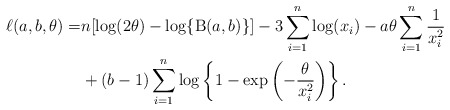
\begin{align*}\ell(a,b,\theta)=&n[\log(2\theta) - \log \{ \operatorname{B}(a,b) \}]-3 \sum^n_{i=1}\log (x_{i})-a\theta\sum^n_{i=1} \frac{1}{x^2_i}\\&+(b-1)\sum^{n}_{i=1}\log\left\{1- \exp\left(-\frac{\theta}{x_i^2}\right)\right\}.\end{align*}